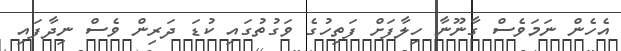
އެހެން ނަމަވެސް ގާނޫނާ ހިލާފަށް ފަތިހުގެ ވަގުތުގައި ކުޑަ ދަރިން ވެސް ނިދާފައި